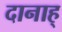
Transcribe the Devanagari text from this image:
दानाह्